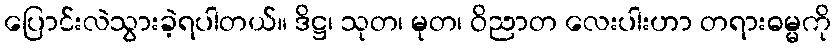
ပြောင်းလဲသွားခဲ့ရပါတယ်။ ဒိဋ္ဌ၊ သုတ၊ မုတ၊ ဝိညာတ လေးပါးဟာ တရားဓမ္မကို